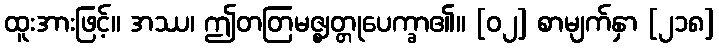
ထူးအားဖြင့်။ အဿ၊ ဤတတြမဇ္ဈတ္တုပေက္ခာ၏။ [၀၂] စာမျက်နှာ [၂၁၈]